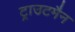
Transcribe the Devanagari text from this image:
ट्राउटमैन